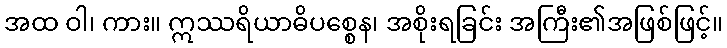
အထ ဝါ၊ ကား။ ဣဿရိယာဓိပစ္စေန၊ အစိုးရခြင်း အကြီး၏အဖြစ်ဖြင့်။